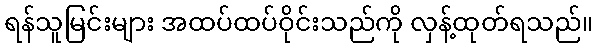
ရန်သူမြင်းများ အထပ်ထပ်ဝိုင်းသည်ကို လှန့်ထုတ်ရသည်။